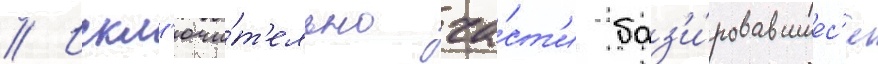
// Искл'ючи́т'ельно ча́ст'и баз'и́ровавшиес'я